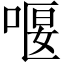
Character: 𠸯